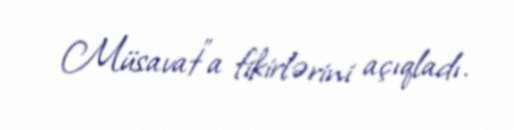
Müsavat”a fikirlərini açıqladı.